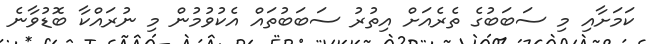
ކަމަށާއި މި ސަބަބުގެ ތެރެއަށް އިތުރު ސަބަބުތައް އެކުވުމުން މި ނުރައްކާ ބޮޑުވާނެ